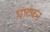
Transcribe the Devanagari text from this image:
घाटकर